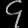
Digit: ၄